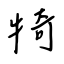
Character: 犄